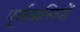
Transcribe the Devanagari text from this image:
पूर्ववासियों